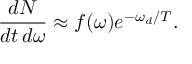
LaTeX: \frac { d N } { d t \, d \omega } \approx f ( \omega ) e ^ { - \omega _ { d } / T } .